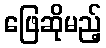
ဖြေဆိုမည့်